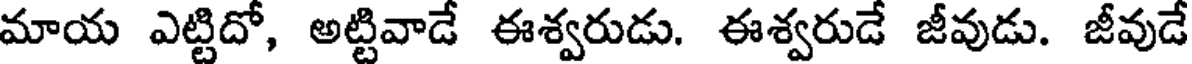
మాయ ఎట్టిదో, అట్టివాడే ఈశ్వరుడు. ఈశ్వరుడే జీవుడు. జీవుడే